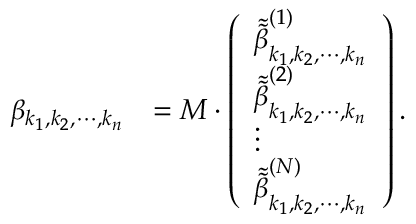
\begin{array} { r l } { \beta _ { k _ { 1 } , k _ { 2 } , \cdots , k _ { n } } } & { = M \cdot \left( \begin{array} { l } { \tilde { \tilde { \beta } } _ { k _ { 1 } , k _ { 2 } , \cdots , k _ { n } } ^ { ( 1 ) } } \\ { \tilde { \tilde { \beta } } _ { k _ { 1 } , k _ { 2 } , \cdots , k _ { n } } ^ { ( 2 ) } } \\ { \vdots } \\ { \tilde { \tilde { \beta } } _ { k _ { 1 } , k _ { 2 } , \cdots , k _ { n } } ^ { ( N ) } } \end{array} \right) . } \end{array}